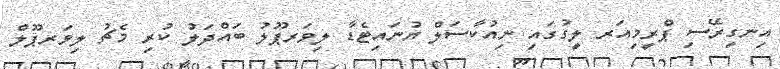
އިނގިރޭސި ޕްރީމިއަރ ލީގުގައި ނިއުކާސަލް ޔުނައިޓެޑާ ލިވަރޕޫލު ބައްދަލު ކުރި މެޗު ލިވަރޕޫލް